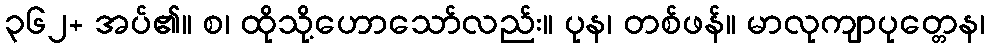
၃၆၂+ အပ်၏။ စ၊ ထိုသို့ဟောသော်လည်း။ ပုန၊ တစ်ဖန်။ မာလုကျာပုတ္တေန၊